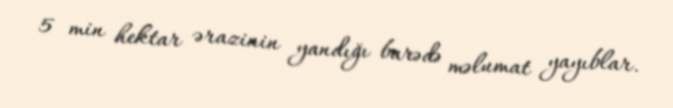
5 min hektar ərazinin yandığı barədə məlumat yayıblar.